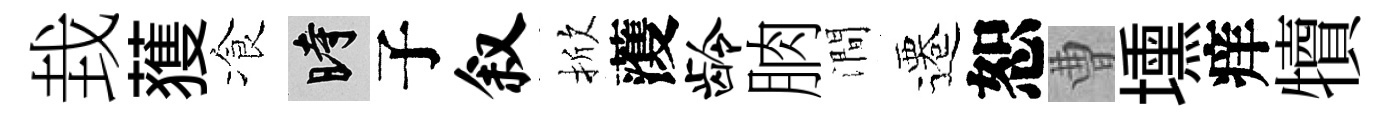
㘽𫉬飡时子叙掀𮑮龄朒澗遷恕曹壎痒犢